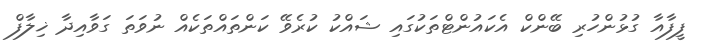
ފީފާއާ ގުޅުންހުރި ބޭންކް އެކައުންޓްތަކުގައި ޝައްކު ކުރެވޭ ކަންތައްތަކެއް ނުވަތަ ގަވާއިދާ ޚިލާފް